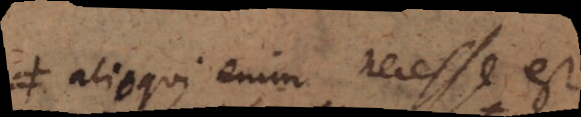
alioqui enim necesse est